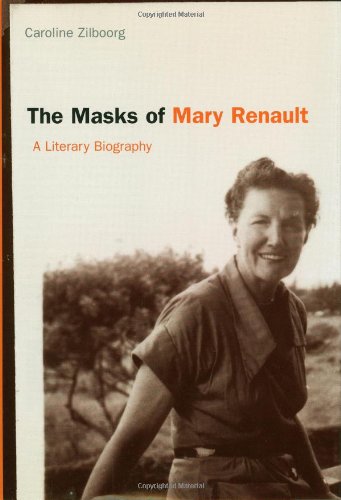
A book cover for The Masks of Mary Renault: A Literary Biography; Caroline Zilboorg; Gay & Lesbian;